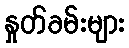
နှုတ်ခမ်းများ